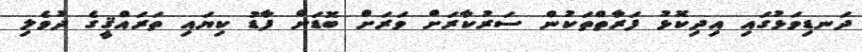
ދަނޑިވަޅުގައި އިދިކޮޅު ފަރާތްތަކުން ސަރުކާރަށް ވަރަށް ބޮޑަށް ފާޑު ކިޔައި ތަރައްޤީގެ ދުވެލި